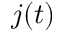
j ( t )